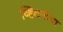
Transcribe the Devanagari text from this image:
व्हिटनीचा